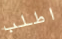
اطلب